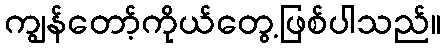
ကျွန်တော့်ကိုယ်တွေ့ဖြစ်ပါသည်။